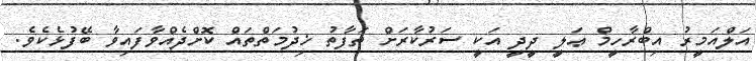
އަލްއަމީރު އިބްރާހީމް ޢަލީ ދީދީ އަކީ ސަރުކާރަށް ތަފާތު ޚިދުމަތްތައް ކޮށްދެއްވާފައިވާ ބޭފުޅެކެވެ.